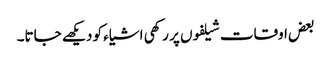
بعض اوقات شیلفوں پر رکھی اشیاء کو دیکھے جاتا۔